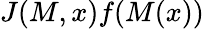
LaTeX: J(M,x)f(M(x))